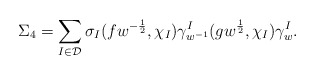
\begin{align*}\Sigma_{4}=\sum_{I\in\mathcal D}\sigma_{I}(fw^{-\frac12},\chi_{I})\gamma_{w^{-1}}^{I}(gw^{\frac12},\chi_{I})\gamma_{w}^{I}.\end{align*}